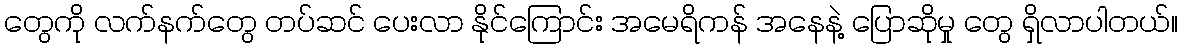
တွေကို လက်နက်တွေ တပ်ဆင် ပေးလာ နိုင်ကြောင်း အမေရိကန် အနေနဲ့ ပြောဆိုမှု တွေ ရှိလာပါတယ်။